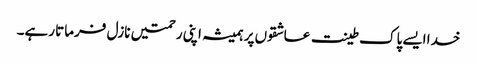
خدا ایسے پاک طینت عاشقوں پر ہمیشہ اپنی رحمتیں نازل فرماتا رہے۔